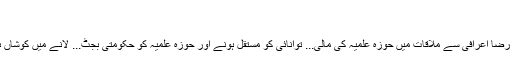
...
علی رضا اعرافی سے ملاقات میں حوزہ علمیہ کی مالی... توانائی کو مستقل ہونے اور حوزہ علمیہ کو حکومتی بجٹ... لانے میں کوشاں ہیں ۔